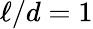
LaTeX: \ell/d=1